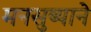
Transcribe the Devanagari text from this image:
मनसुब्याने